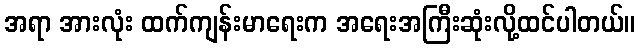
အရာ အားလုံး ထက်ကျန်းမာရေးက အရေးအကြီးဆုံးလို့ထင်ပါတယ်။